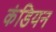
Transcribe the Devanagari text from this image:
कंडियन